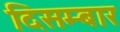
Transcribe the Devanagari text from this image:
दिसम्बार